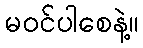
မဝင်ပါစေနဲ့။